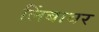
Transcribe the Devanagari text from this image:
लिंबावर